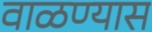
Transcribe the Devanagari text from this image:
वाळण्यास